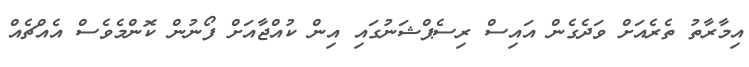
އިމާރާތު ތެރެއަށް ވަދެގެން އައިސް ރިސެޕްޝަނުގައި އިން ކުއްޖާއަށް ފޯނުން ކޮންމެވެސް އެއްޗެއް